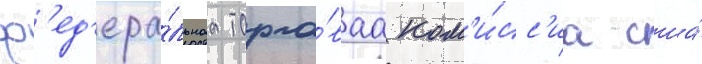
ф'ед'ера́льнаа торго́ваа ком'и́сс'иа сша́